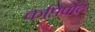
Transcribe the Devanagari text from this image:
कप्तिपोद